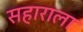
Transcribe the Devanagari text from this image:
सहाराला